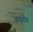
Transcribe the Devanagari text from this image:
अवनीत